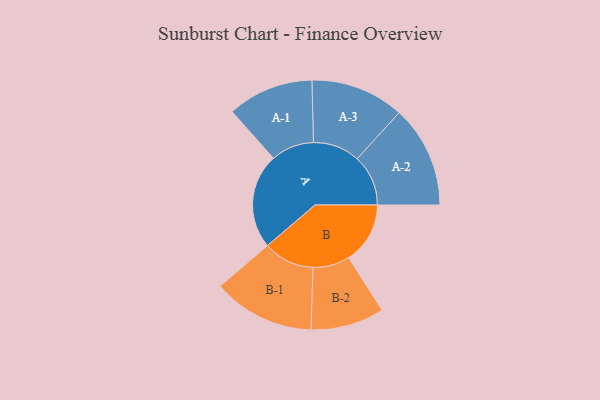
{"axis": {"x": "Segment", "y": "Value"}, "legend": ["", "A", "B"], "data": [{"x": "A", "y": 455, "type": ""}, {"x": "B", "y": 294, "type": ""}, {"x": "A-1", "y": 206, "type": "A"}, {"x": "A-2", "y": 244, "type": "A"}, {"x": "A-3", "y": 224, "type": "A"}, {"x": "B-1", "y": 244, "type": "B"}, {"x": "B-2", "y": 176, "type": "B"}]}